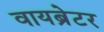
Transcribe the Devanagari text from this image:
वायब्रेटर